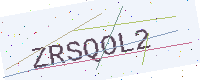
Text: ZRSQOL2